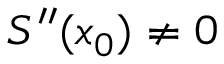
S ^ { \prime \prime } ( x _ { 0 } ) \neq 0